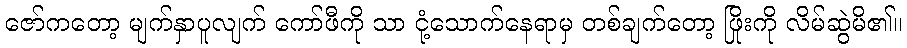
ဇော်ကတော့ မျက်နှာပူလျက် ကော်ဖီကို သာ ငုံ့သောက်နေရာမှ တစ်ချက်တော့ ဖြိုးကို လိမ်ဆွဲမိ၏။